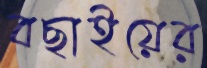
বছাইয়ের